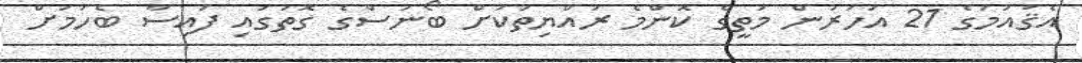
އެޤައުމުގެ 21 އަހަރުން މަތީގެ ކޮންމެ ރައްޔިތަކަށް ބޯނަސްގެ ގޮތުގައި ފައިސާ ބެހުމަށް